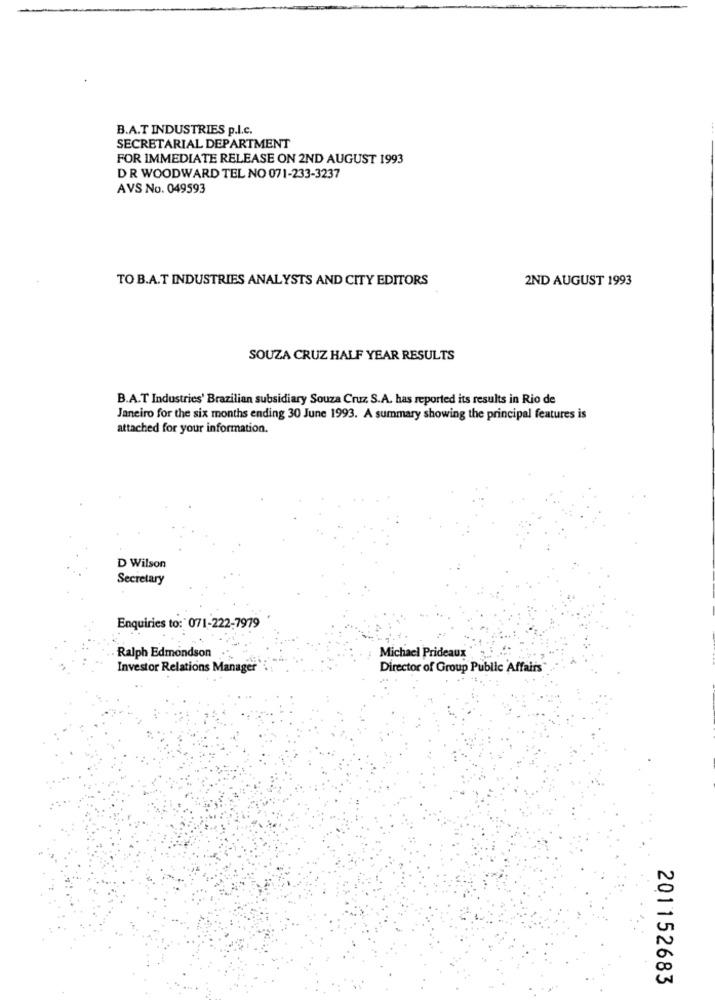
B.A.T INDUSTRIES p.I.c.
SECRETARIAL DEPARTMENT
FOR IMMEDIATE RELEASE ON 2ND AUGUST 1993
DR WOODWARD TEL NO 071-233-3237
AVS No. 049593
TO B.A.T INDUSTRIES ANALYSTS AND CITY EDITORS
2ND AUGUST 1993
SOUZA CRUZ HALF YEAR RESULTS
B.A.T Industries' Brazilian subsidiary Souza Cruz. S.A. has reported its results in Rio de
Janeiro for the six months ending 30 June 1993. A summary showing the principal features is
attached for your information.
D Wilson
Secretary
Enquiries to: 071-222-7979
Ralph Edmondson
Michael Prideaux
Investor Relations Manager
Director of Group Public Affairs
201152683